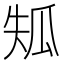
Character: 𤫴